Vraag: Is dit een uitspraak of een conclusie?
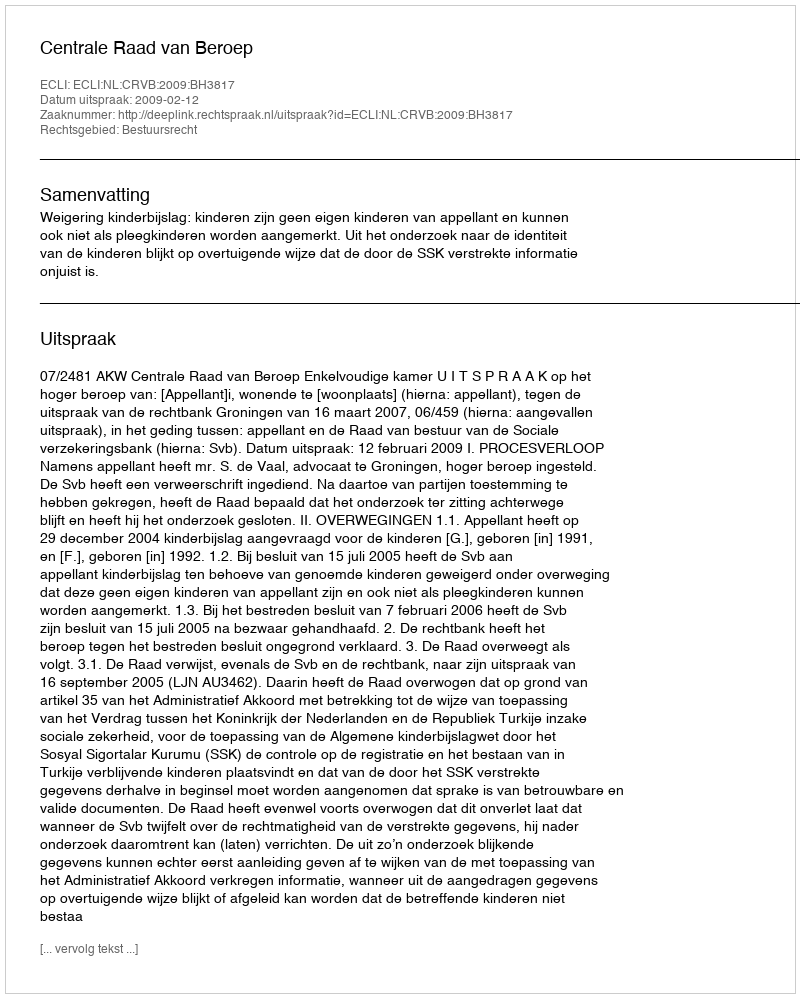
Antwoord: Uitspraak